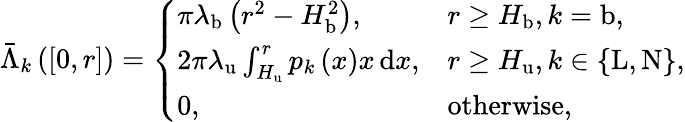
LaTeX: \begin{array}{r}{\bar{\Lambda}_{k}\left(\left[0,r\right]\right)=\left\{ \begin{array}{ll}{\pi\lambda_{\mathrm{b}}\left(r^{2}-H_{\mathrm{b}}^{2}\right),}&{r\ge H_{\mathrm{b}},k=\mathrm{b},}\\ {2\pi\lambda_{\mathrm{u}}\int_{H_{\mathrm{u}}}^{r}{p_{k}\left(x\right)x\, \mathrm{d}x},}&{r\ge H_{\mathrm{u}},k\in\left\{ \mathrm{L},\mathrm{N}\right\} ,}\\ {0,}&{\mathrm{otherwise},}\end{array}\right.}\end{array}